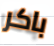
باكر